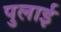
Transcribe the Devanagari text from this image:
पुलाई